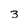
Character: 3